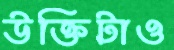
উক্তিটাও